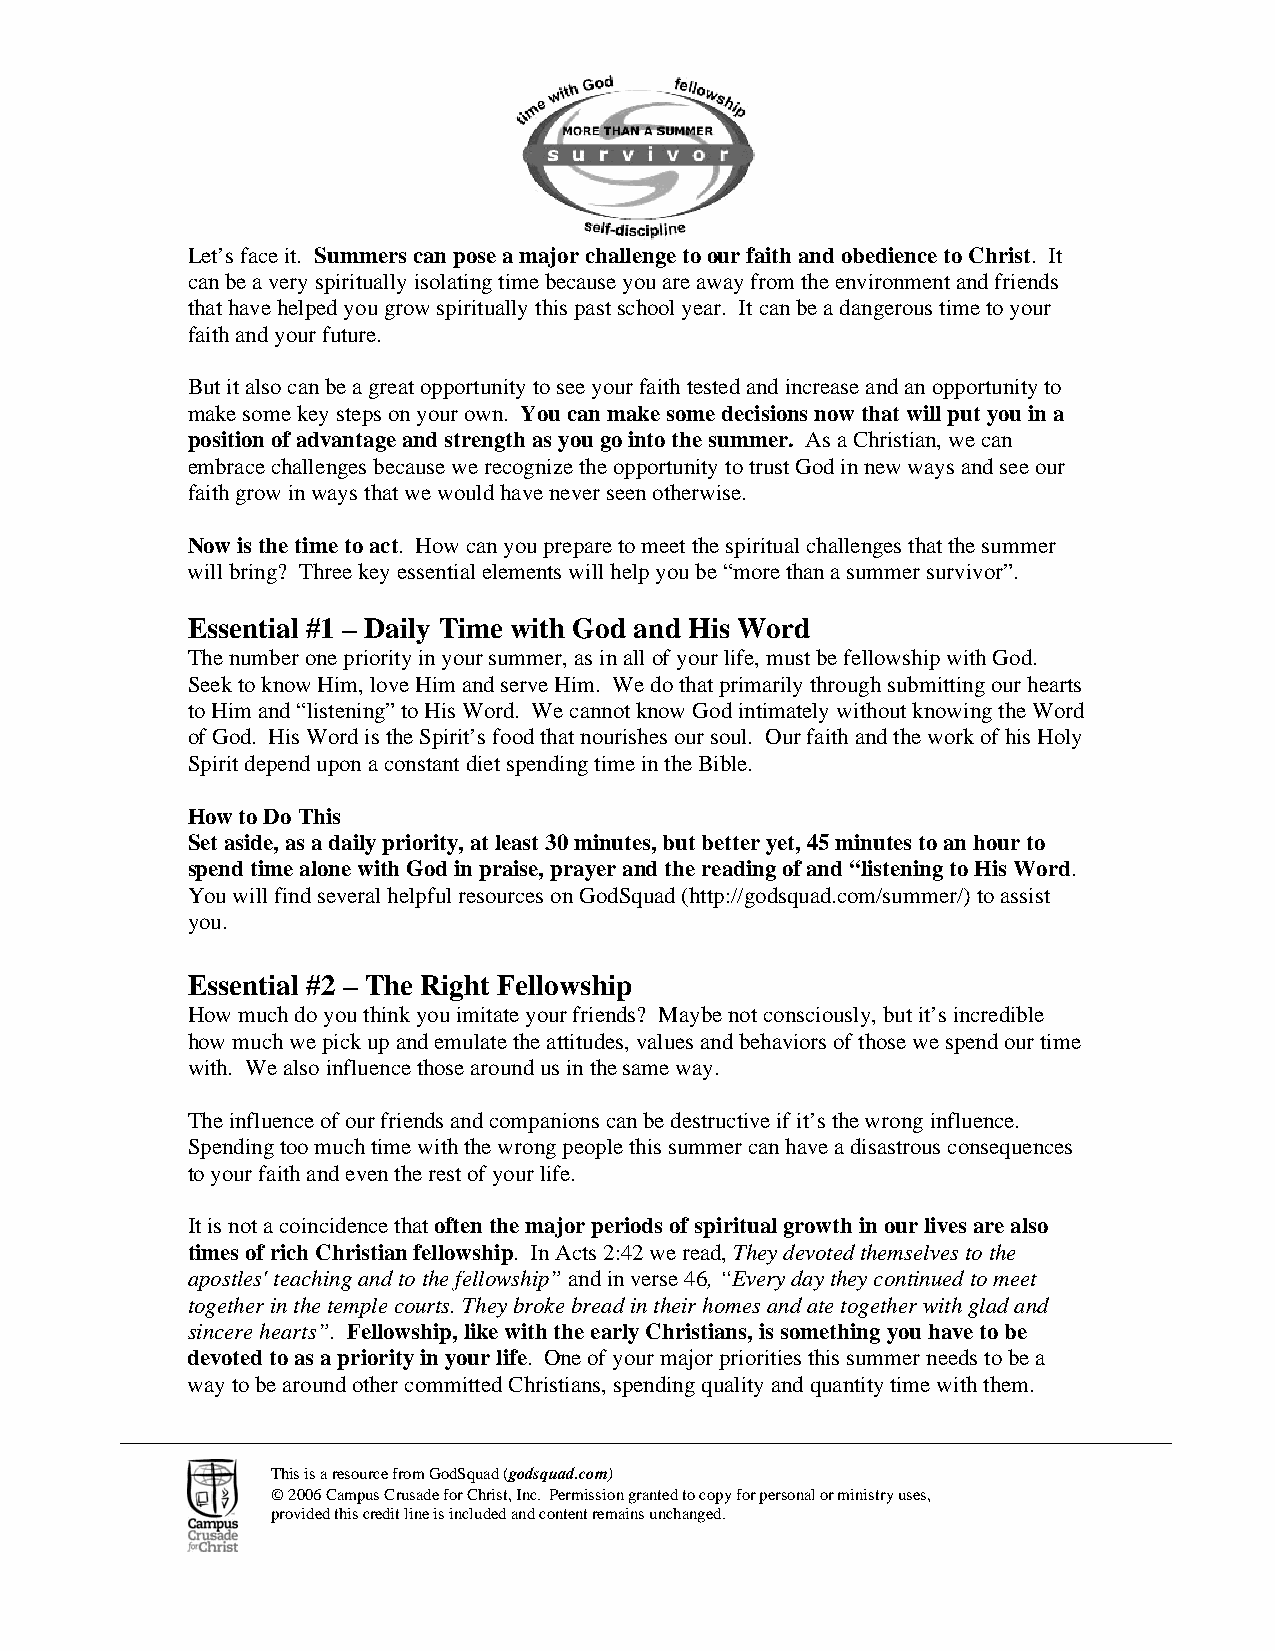
Let’s face it. Summers can pose a major challenge to our faith and obedience to Christ. It
 can be a very spiritually isolating time because you are away from the environment and friends
 that have helped you grow spiritually this past school year. It can be a dangerous time to your
 faith and your future.
 But it also can be a great opportunity to see your faith tested and increase and an opportunity to
 make some key steps on your own. You can make some decisions now that will put you in a
 position of advantage and strength as you go into the summer. As a Christian, we can
 embrace challenges because we recognize the opportunity to trust God in new ways and see our
 faith grow in ways that we would have never seen otherwise.
 Now is the time to act. How can you prepare to meet the spiritual challenges that the summer
 will bring? Three key essential elements will help you be “more than a summer survivor”.
 Essential #1 – Daily Time with God and His Word
 The number one priority in your summer, as in all of your life, must be fellowship with God.
 Seek to know Him, love Him and serve Him. We do that primarily through submitting our hearts
 to Him and “listening” to His Word. We cannot know God intimately without knowing the Word
 of God. His Word is the Spirit’s food that nourishes our soul. Our faith and the work of his Holy
 Spirit depend upon a constant diet spending time in the Bible.
 How to Do This
 Set aside, as a daily priority, at least 30 minutes, but better yet, 45 minutes to an hour to
 spend time alone with God in praise, prayer and the reading of and “listening to His Word.
 You will find several helpful resources on GodSquad (http://godsquad.com/summer/) to assist
 you.
 Essential #2 – The Right Fellowship
 How much do you think you imitate your friends? Maybe not consciously, but it’s incredible
 how much we pick up and emulate the attitudes, values and behaviors of those we spend our time
 with. We also influence those around us in the same way.
 The influence of our friends and companions can be destructive if it’s the wrong influence.
 Spending too much time with the wrong people this summer can have a disastrous consequences
 to your faith and even the rest of your life.
 It is not a coincidence that often the major periods of spiritual growth in our lives are also
 times of rich Christian fellowship. In Acts 2:42 we read, They devoted themselves to the
 apostles' teaching and to the fellowship” and in verse 46, “Every day they continued to meet
 together in the temple courts. They broke bread in their homes and ate together with glad and
 sincere hearts”. Fellowship, like with the early Christians, is something you have to be
 devoted to as a priority in your life. One of your major priorities this summer needs to be a
 way to be around other committed Christians, spending quality and quantity time with them.
 This is a resource from GodSquad (godsquad.com)
 © 2006 Campus Crusade for Christ, Inc. Permission granted to copy for personal or ministry uses,
 provided this credit line is included and content remains unchanged.